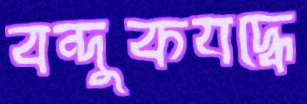
বন্দুকযদ্ধে